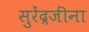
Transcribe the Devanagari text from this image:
सुरेंद्रजींना